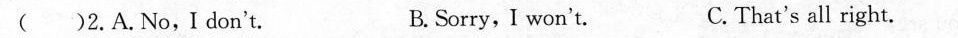
( )2.A.No,I don't. B. Sorry, I won't. C. That's all right.